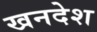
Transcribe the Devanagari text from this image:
खनदेश